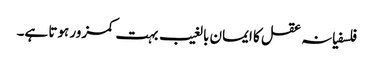
فلسفیانہ عقل کا ایمان بالغیب بہت کمزور ہوتا ہے۔